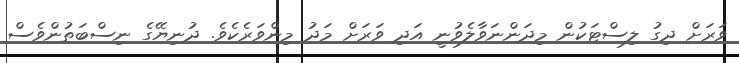
ވަރަށް ދިގު ލިސްޓަކުން މިދަންނަވާލެވުނީ އަދި ވަރަށް މަދު މިންވަރެކެވެ. ދުނިޔޭގެ ނިސްބަތުންވެސް